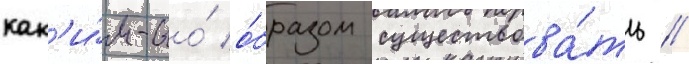
как'и́м-то́ о́бразом существова́ть /